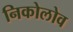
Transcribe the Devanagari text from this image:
निकोलोव